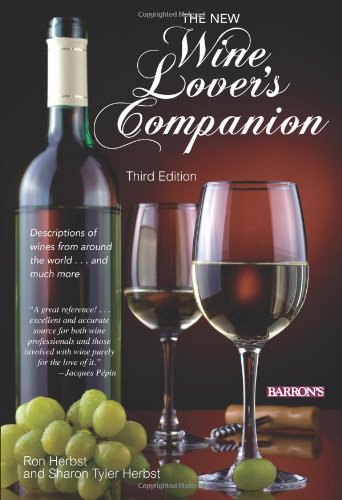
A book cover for New Wine Lover's Companion, The; Ron Herbst; Cookbooks, Food & Wine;